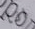
انا